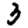
Digit: 3